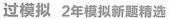
过模拟 2年模拟新题精选